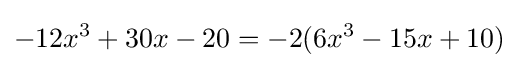
-12x^{3}+30x-20=-2(6x^{3}-15x+10)